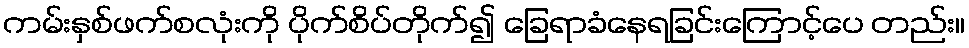
ကမ်းနှစ်ဖက်စလုံးကို ပိုက်စိပ်တိုက်၍ ခြေရာခံနေရခြင်းကြောင့်ပေ တည်း။